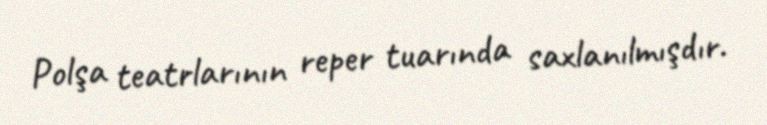
Polşa teatrlarının reper tuarında saxlanılmışdır.